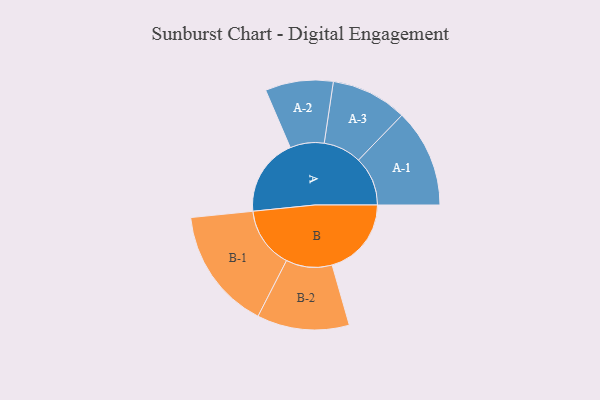
{"axis": {"x": "Segment", "y": "Value"}, "legend": ["", "A", "B"], "data": [{"x": "A", "y": 377, "type": ""}, {"x": "B", "y": 385, "type": ""}, {"x": "A-1", "y": 239, "type": "A"}, {"x": "A-2", "y": 165, "type": "A"}, {"x": "A-3", "y": 185, "type": "A"}, {"x": "B-1", "y": 297, "type": "B"}, {"x": "B-2", "y": 224, "type": "B"}]}